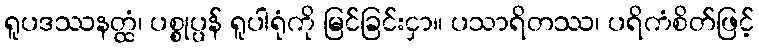
ရူပဒဿနတ္ထံ၊ ပစ္စုပ္ပန် ရူပါရုံကို မြင်ခြင်းငှာ။ ပသာရိတဿ၊ ပရိကံစိတ်ဖြင့်